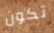
تكون